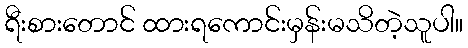
ရီးစားတောင် ထားရကောင်းမှန်းမသိတဲ့သူပါ။